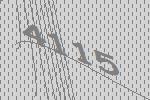
4115